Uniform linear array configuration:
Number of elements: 4
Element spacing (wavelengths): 1
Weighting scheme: hamming
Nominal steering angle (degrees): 60
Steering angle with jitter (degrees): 59.272
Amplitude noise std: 0.05
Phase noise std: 0.05

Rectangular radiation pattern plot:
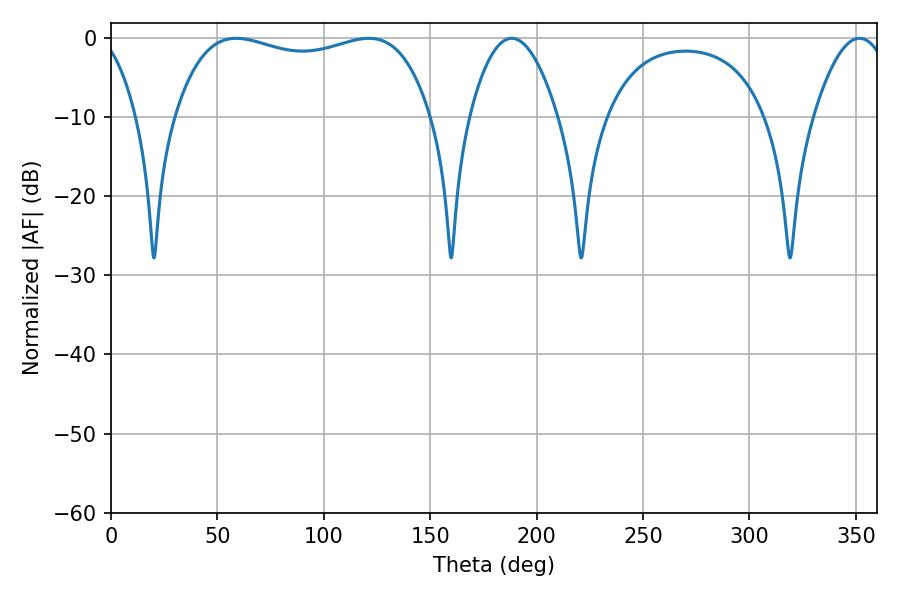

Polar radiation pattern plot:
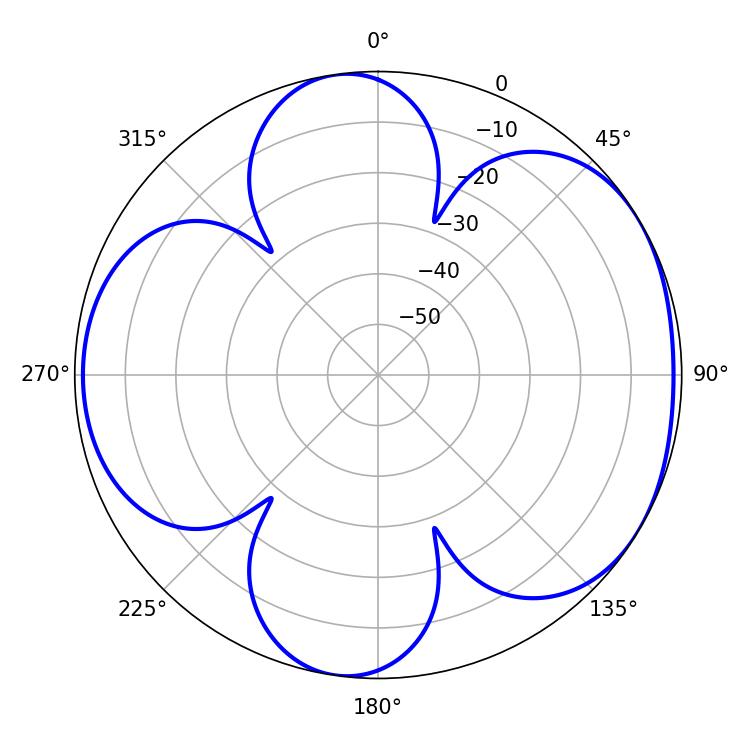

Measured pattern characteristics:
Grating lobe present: TRUE
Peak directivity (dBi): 5.144
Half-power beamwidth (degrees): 97.56
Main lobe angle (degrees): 58.86